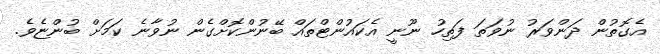
އެގޮތުން ދަންވަރު ނުވަތަ ފަތިހު ނޫނީ އެކައުންޓްތައް ބޭނުންކޮށްގެން ނުވާނެ ކަމަށް ބުންޏެވެ.